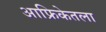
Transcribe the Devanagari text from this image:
आफ्रिकेतला